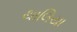
થાલિયા